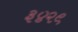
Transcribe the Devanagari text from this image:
३४२९